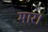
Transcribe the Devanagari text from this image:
मार।